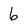
Character: 6